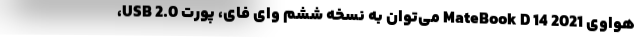
هواوی MateBook D 14 2021 می‌توان به نسخه ششم وای فای، پورت USB 2.0،